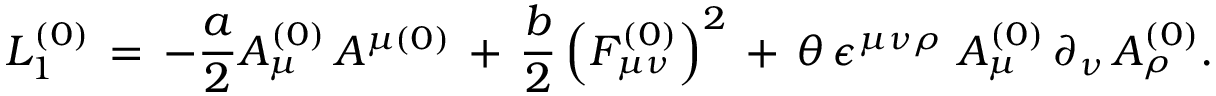
L _ { 1 } ^ { \left( 0 \right) } \, = \, - \frac { a } { 2 } A _ { \mu } ^ { \left( 0 \right) } \, A ^ { \mu \left( 0 \right) } \, + \, \frac { b } { 2 } \left( F _ { \mu \nu } ^ { \left( 0 \right) } \right) ^ { 2 } \, + \, \theta \, \epsilon ^ { \mu \nu \rho } \, \, A _ { \mu } ^ { \left( 0 \right) } \, \partial _ { \nu } \, A _ { \rho } ^ { \left( 0 \right) } .